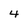
Character: 4